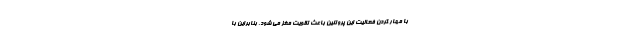
با مهار کردن فعالیت این پروتئین باعث تقویت مغز می شود. بنابراین با